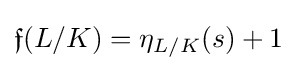
{\mathfrak {f}}(L/K)=\eta _{L/K}(s)+1